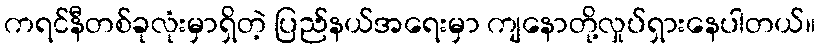
ကရင်နီတစ်ခုလုံးမှာရှိတဲ့ ပြည်နယ်အရေးမှာ ကျနောတို့လှုပ်ရှားနေပါတယ်။